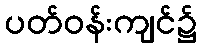
ပတ်ဝန်းကျင်၌